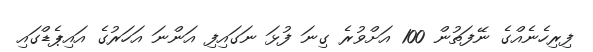
ފިރިހެނެއްގެ ނޭފަތުން 100 އަށްވުރެ ގިނަ ފުޅަ ނަގައިފި އަންނަ އަހަރުގެ އައިޕެޑްގައި